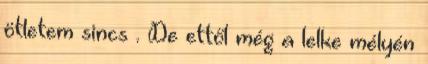
ötletem sincs . De ettől még a lelke mélyén